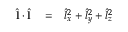
\begin{array} { r l r } { \hat { \bf l } \cdot \hat { \bf l } } & { { } = } & { \hat { l } _ { x } ^ { 2 } + \hat { l } _ { y } ^ { 2 } + \hat { l } _ { z } ^ { 2 } } \end{array}